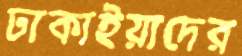
ঢাকাইয়াদের